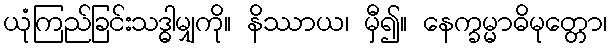
ယုံကြည်ခြင်းသဒ္ဓါမျှကို။ နိဿာယ၊ မှီ၍။ နေက္ခမ္မာဓိမုတ္တော၊